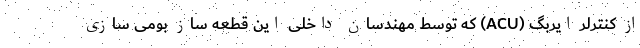
از کنترلر ایربگ (ACU) که توسط مهندسان داخلی این قطعه ساز بومی سازی